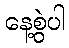
နေ့စွဲပါ